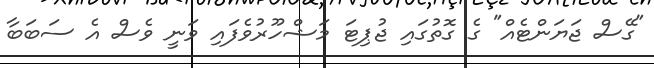
"ގޭސް ޖަޔަންޓެއް" ގެ ގޮތުގައި ޖުޕިޓަ މަޝްހޫރުވެފައި ވަނީ ވެސް އެ ސަބަބާ